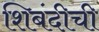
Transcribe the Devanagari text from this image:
शिबंदीची